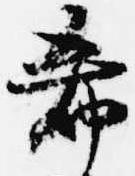
希